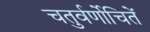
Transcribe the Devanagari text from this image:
चतुर्वर्णोचितें